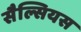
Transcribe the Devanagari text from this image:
सैल्सियस